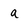
Character: a